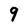
Character: 9